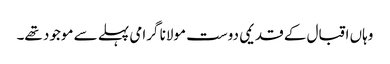
وہاں اقبال کے قدیمی دوست مولانا گرامی پہلے سے موجود تھے۔